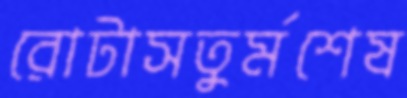
রোটাসতুর্মশেষ